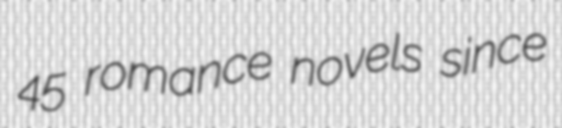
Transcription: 45 romance novels since